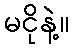
မငိုနဲ့။